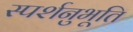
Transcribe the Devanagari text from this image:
स्पर्शनुभूति